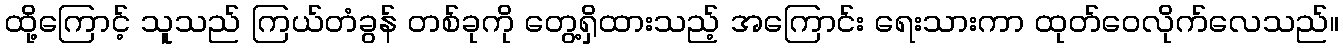
ထို့ကြောင့် သူသည် ကြယ်တံခွန် တစ်ခုကို တွေ့ရှိထားသည့် အကြောင်း ရေးသားကာ ထုတ်ဝေလိုက်လေသည်။